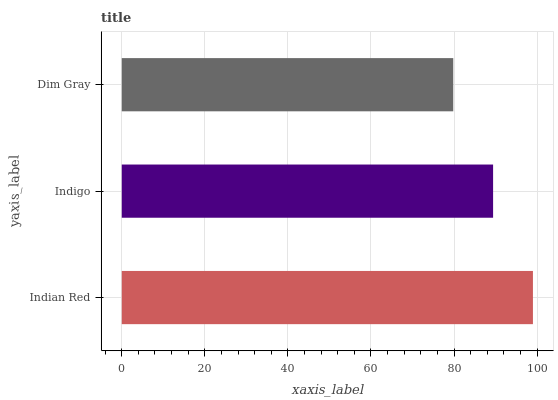
| yaxis_label | bars |
 | --- | --- |
 | Indian Red | 99 |
 | Indigo | 89.4 |
 | Dim Gray | 79.8 |